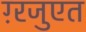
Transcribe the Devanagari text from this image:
ग़्रजुएत